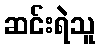
ဆင်းရဲသူ